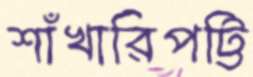
শাঁখারিপট্টি